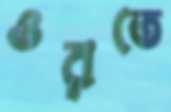
ওরতে